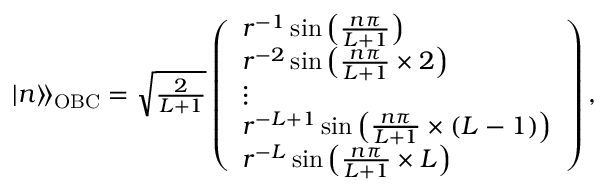
\begin{array} { r } { | n \rangle \! \rangle _ { \mathrm { O B C } } = \sqrt { \frac { 2 } { L + 1 } } \left( \begin{array} { l } { r ^ { - 1 } \sin { \left( \frac { n \pi } { L + 1 } \right) } } \\ { r ^ { - 2 } \sin { \left( \frac { n \pi } { L + 1 } \times 2 \right) } } \\ { \vdots } \\ { r ^ { - L + 1 } \sin { \left( \frac { n \pi } { L + 1 } \times ( L - 1 ) \right) } } \\ { r ^ { - L } \sin { \left( \frac { n \pi } { L + 1 } \times L \right) } } \end{array} \right) , } \end{array}